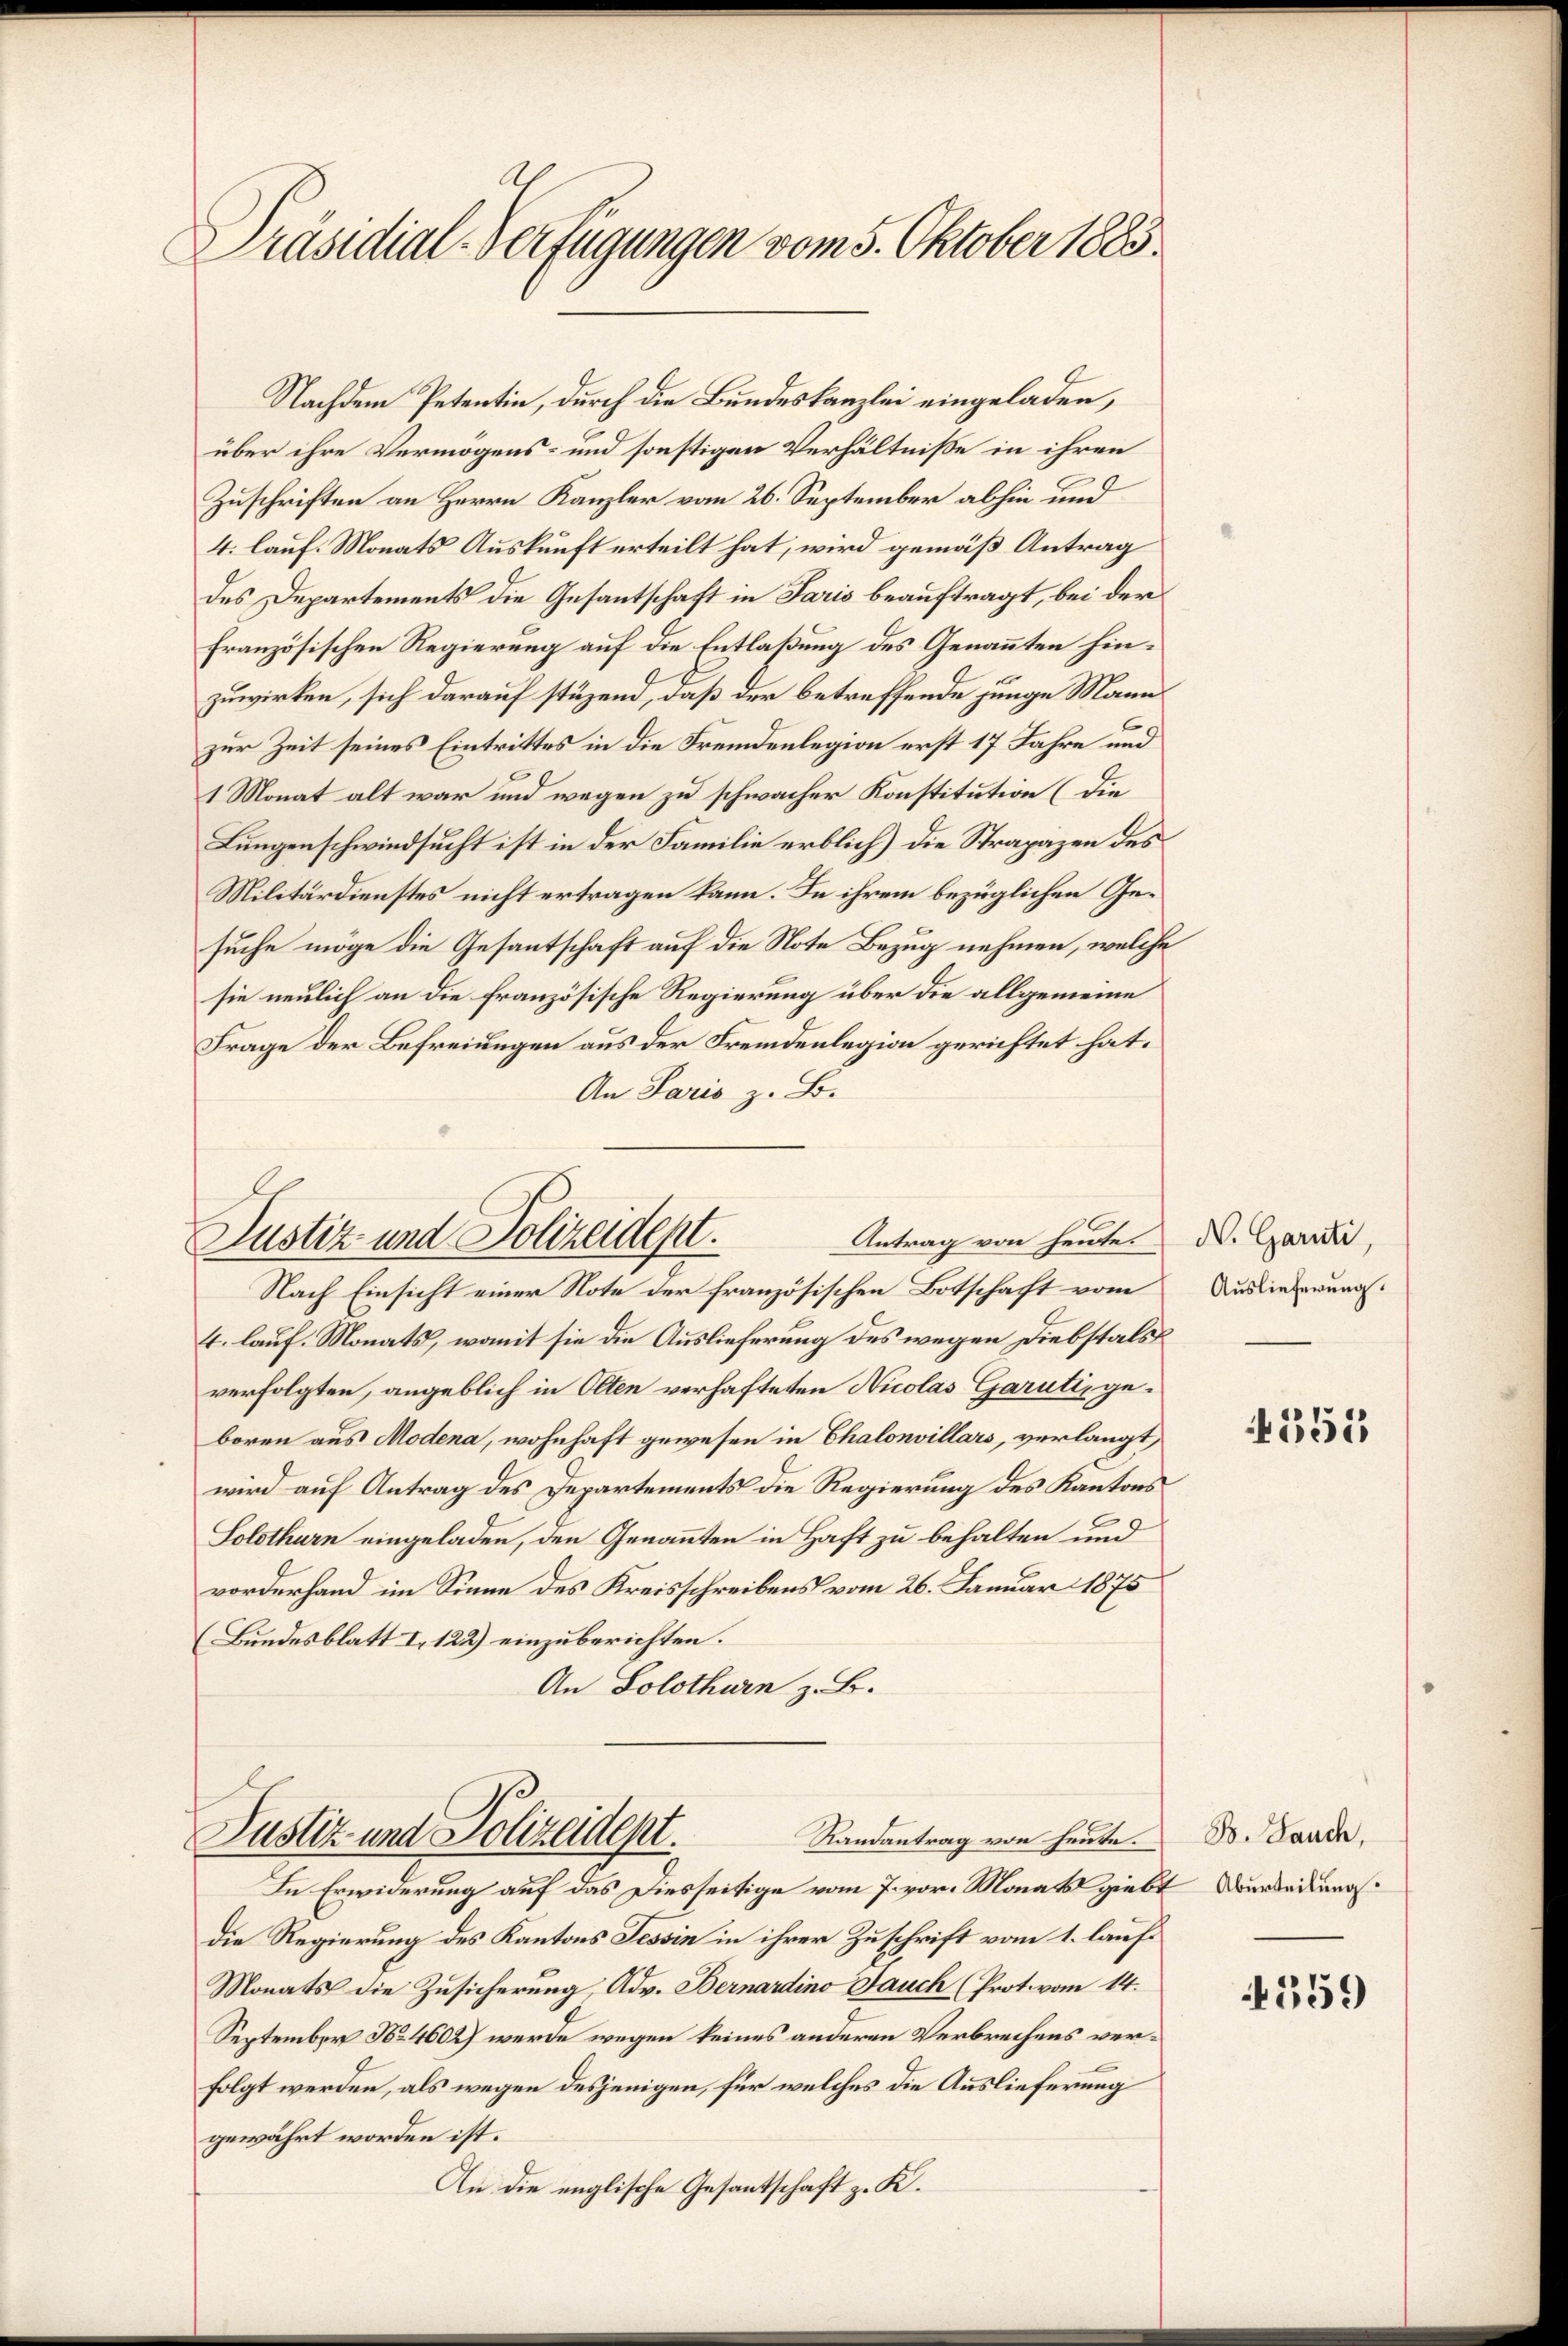
Präsidial-Verfügungen vom 5. Oktober 1883.

Nachdem Petentin, durch die Bundeskanzlei eingeladen,
über ihre Vermögens- und sonstigen Verhältniße in ihren
Zuschriften an Herrn Kanzler vom 26. September abhin und
4. lauf. Monats Auskunft erteilt hat, wird gemäß Antrag
des Departements die Gesantschaft in Paris beauftragt, bei der
französischen Regierung auf die Entlaßung des Genannten hinzuwirken, sich darauf stüzend, daß der betreffende junge Mann
zur Zeit seines Eintrittes in die Fremdenlegion erst 17 Jahre und
1 Monat alt war und wegen zu schwacher Konstitution (die
Lungenschwindsucht ist in der Familie erblich) die Strapazen des
Militärdienstes nicht ertragen kann. In ihrem bezüglichen Gesuche möge die Gesantschaft auf die Note Bezug nehmen, welche
sie neulich an die französische Regierung über die allgemeine
Frage der Befreiungen aus der Fremdenlegion gerichtet hat.
An Paris z. B.
Antrag von heute.
Justiz und Polizeident.
Nach Einsicht einer Note der französischen Botschaft vom
4. lauf. Monats, womit sie die Auslieferung des wegen Diebstals
verfolgten, angeblich in Olten verhafteten Nicolas Garuti, geboren aus Modena, wohnhaft gewesen in Thalonvillars, verlangt,
wird auf Antrag des Departements die Regierung des Kantons
C
Solothurn eingeladen, den Genannten in Haft zu behalten und
vorderhand im Sinne des Kreisschreibens vom 26. Januar 1875
(Bundesblatt I. 122) einzuberichten.
An Solothurn z. B.

Justiz- und Polizeidept.
Randantrag von heute.

In Erwiderung auf das Diesseitige vom 7. vor. Monats giebt
die Regierung des Kantons Tessin in ihrer Zuschrift vom 1. lauf¬
Monats die Zusicherung, Adv. Bernardino Jauch (Prot. vom 14.
September No 4602) werde wegen keines anderen Verbrechens verfolgt werden, als wegen desjenigen, für welches die Auslieferung
gewährt worden ist.
An die englische Gesandtschaft z. K.

N. Garnti,
Auslieferung.

4355

B. Jauch,
Aburteilung

4559